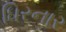
ધિરનાર